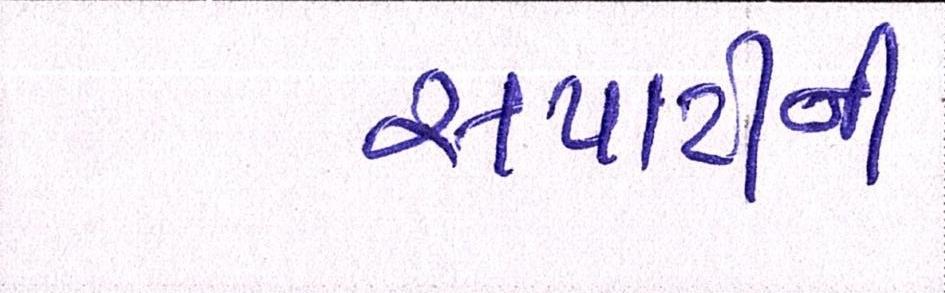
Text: સપાટીની